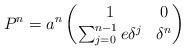
LaTeX: \begin{align*}P^n = a^n \begin{pmatrix}1 & 0 \\ \sum_{j=0}^{n-1} e \delta^j & \delta^n\end{pmatrix} \end{align*}